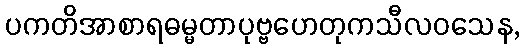
ပကတိအာစာရဓမ္မတာပုဗ္ဗဟေတုကသီလဝသေန,